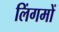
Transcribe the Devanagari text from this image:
लिंगमों